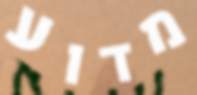
מדוע